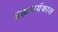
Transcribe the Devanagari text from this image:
ब्रह्मचर्यकाल